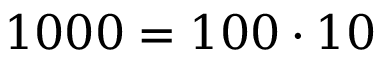
1 0 0 0 = 1 0 0 \cdot 1 0